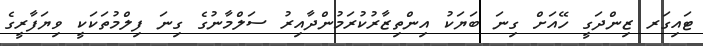
ޓައިގަރ ޒިންދަގީ ހޭއަށް ގިނަ ބަޔަކު އިންތިޒާރުކުރަމުންދާއިރު ސަލްމާނުގެ ގިނަ ފިލްމުތަކަކީ ވިޔަފާރީގެ